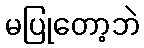
မပြုတော့ဘဲ